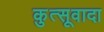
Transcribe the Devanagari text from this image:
कुत्सूवादा